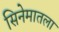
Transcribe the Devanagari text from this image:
सिनेमातला